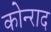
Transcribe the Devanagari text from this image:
कोन्‍राद